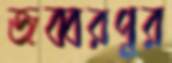
জব্বরপুর